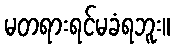
မတရားရင်မခံရဘူး။